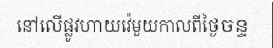
នៅលើផ្លូវហាយវ៉េមួយកាលពីថ្ងៃចន្ទ